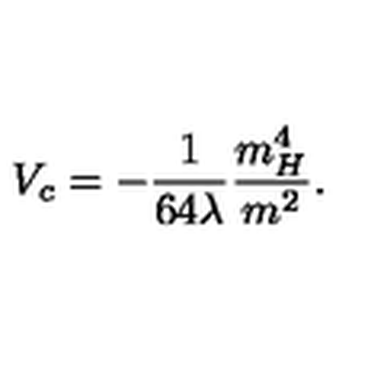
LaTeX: V _ { c } = - \frac { 1 } { 6 4 \lambda } \frac { m _ { H } ^ { 4 } } { m ^ { 2 } } .